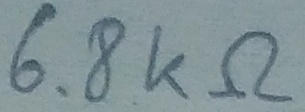
Text: 6.8KΩ